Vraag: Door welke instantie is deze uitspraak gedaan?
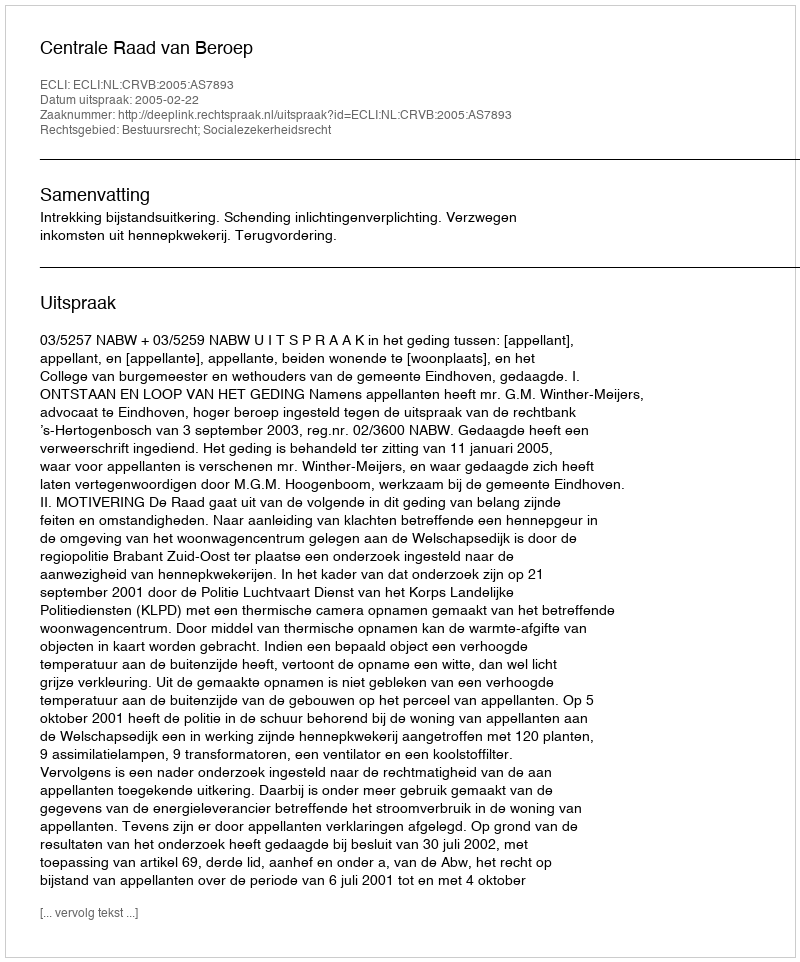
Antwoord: Centrale Raad van Beroep